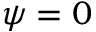
\psi = 0